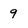
Character: 9